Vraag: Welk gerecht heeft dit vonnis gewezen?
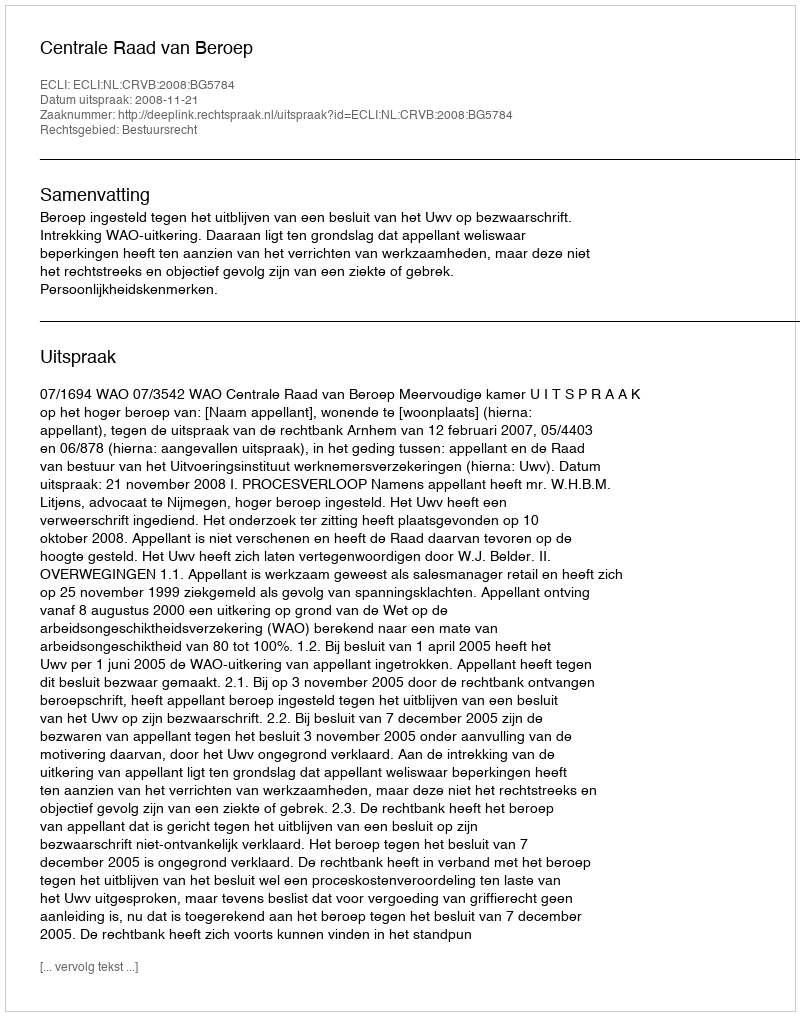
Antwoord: Centrale Raad van Beroep